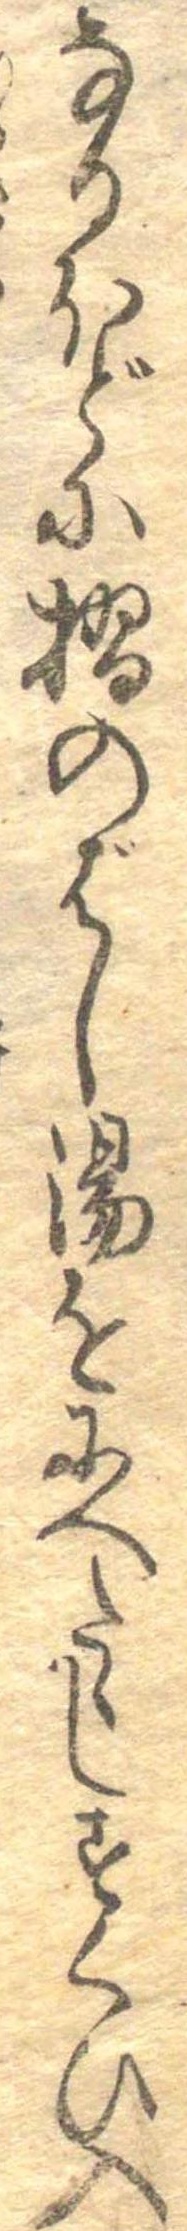
なるほどに摺のばし湯をにへたゝしすくひ入